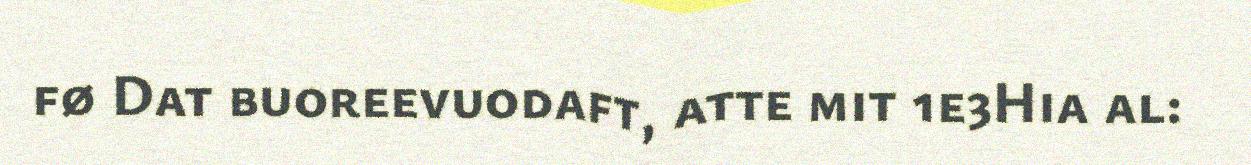
fø Dat buoreevuodaft, atte mit 1e3Hia al: